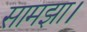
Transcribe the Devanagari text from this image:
सामझा।